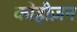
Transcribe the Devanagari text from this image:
कोहीज़न